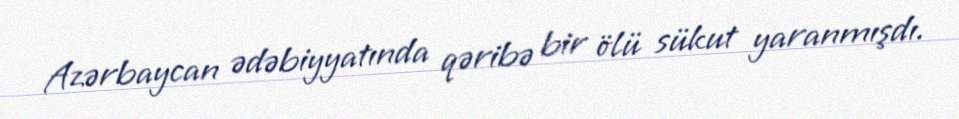
Azərbaycan ədəbiyyatında qəribə bir ölü sükut yaranmışdı.